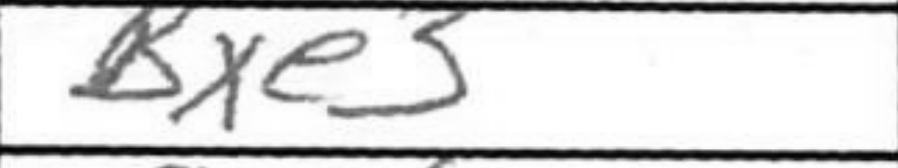
Transcription: Bxe5